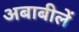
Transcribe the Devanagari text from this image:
अबाबीलें